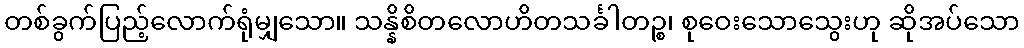
တစ်ခွက်ပြည့်လောက်ရုံမျှသော။ သန္နိစိတလောဟိတသင်္ခါတဉ္စ၊ စုဝေးသောသွေးဟု ဆိုအပ်သော